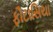
ફૌટાસિયા